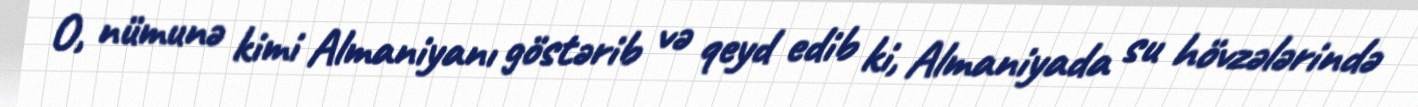
O, nümunə kimi Almaniyanı göstərib və qeyd edib ki, Almaniyada su hövzələrində